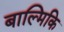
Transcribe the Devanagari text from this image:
बाल्मिकि